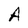
Character: A